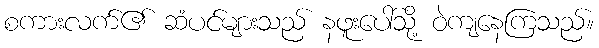
စကားလက်၏ ဆံပင်များသည် နဖူးပေါ်သို့ ဝဲကျနေကြသည်။